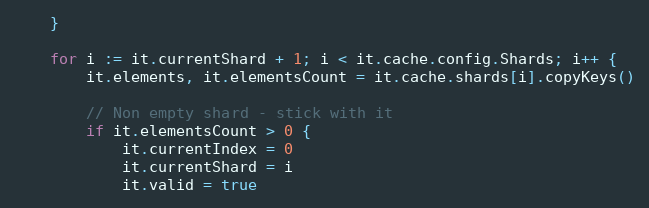
Language: Go
	}

	for i := it.currentShard + 1; i < it.cache.config.Shards; i++ {
		it.elements, it.elementsCount = it.cache.shards[i].copyKeys()

		// Non empty shard - stick with it
		if it.elementsCount > 0 {
			it.currentIndex = 0
			it.currentShard = i
			it.valid = true